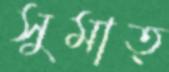
সুমাত্